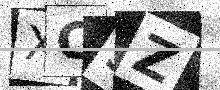
Text: XC3Z